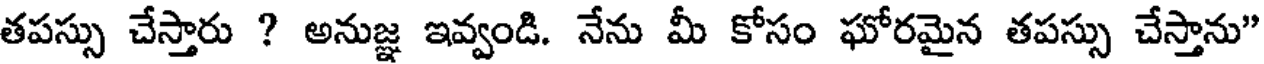
తపస్సు చేస్తారు ? అనుజ్ఞ ఇవ్వండి. నేను మీ కోసం ఘోరమైన తపస్సు చేస్తాను"